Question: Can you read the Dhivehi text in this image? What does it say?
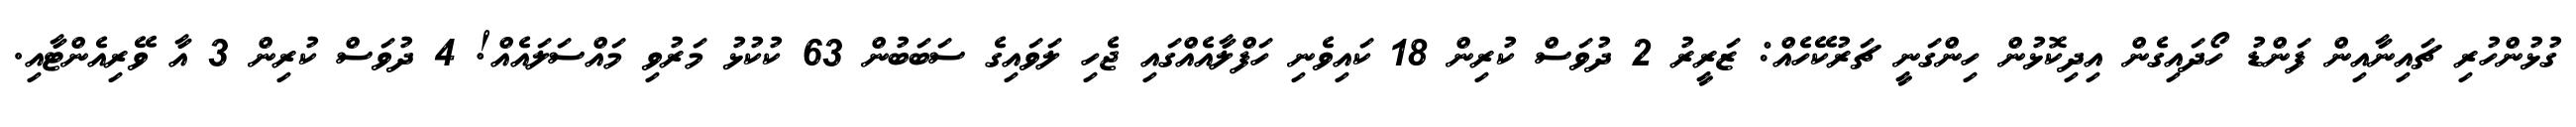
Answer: ގުޅުންހުރި ޗައިނާއިން ފަންޑު ހޯދައިގެން އިދިކޮޅުން ހިންގަނީ ޗަރުކޭހެއް: ޒަރީރު 2 ދުވަސް ކުރިން 18 ކައިވެނި ހަފްލާއެއްގައި ޖެހި ލަވައިގެ ސަބަބުން 63 ކުކުޅު މަރުވި މައްސަލައެއް! 4 ދުވަސް ކުރިން 3 އާ ވޭރިއެންޓާއި.